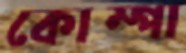
কোম্পা